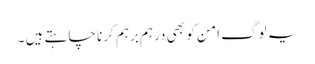
یہ لوگ امن کو بھی درہم برہم کرنا چاہتے ہیں ۔